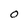
Character: O